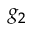
g _ { 2 }